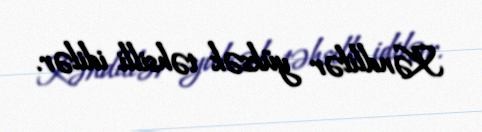
Kəndlilər yüksək təhsilli idilər.